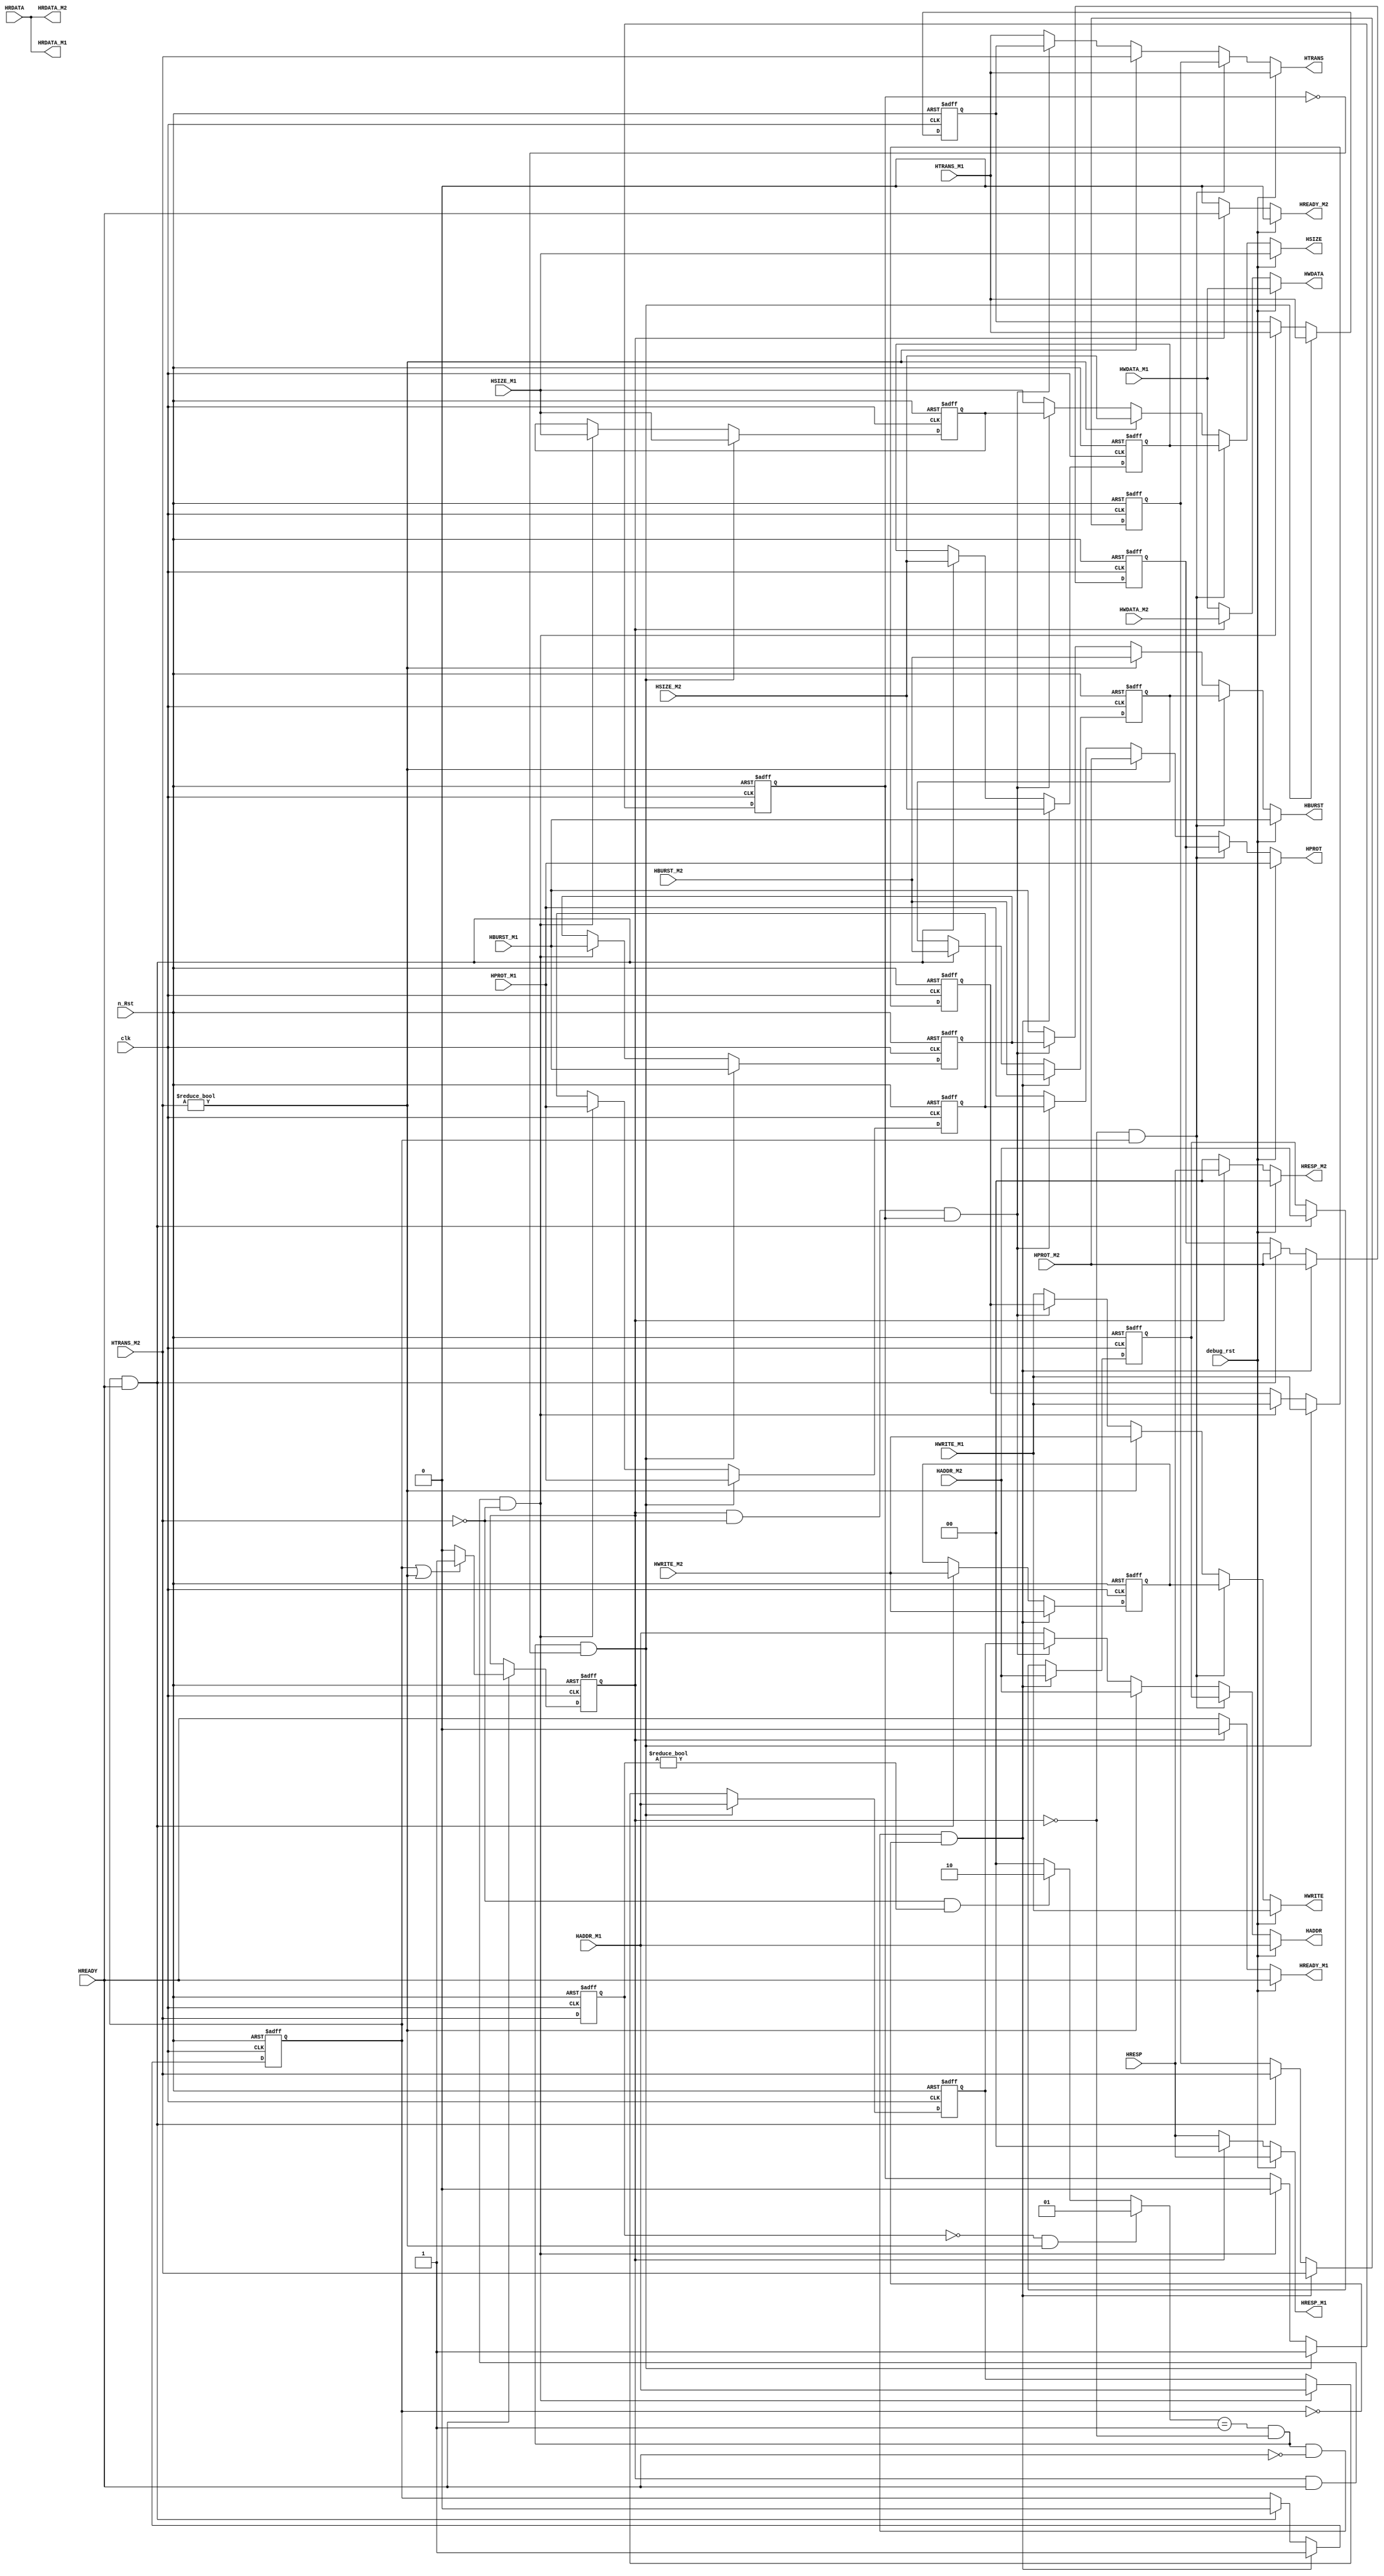
/*
MODULE NAME         	: AHB_Lite_Mux
AUTHOR                 	: Andrew Brito & Chuan Yean, Tan
LAST UPDATE        	: 7/1/13
VERSION         	: 1.0
DESCRIPTION         	: Priority mux that arbitrates between the debugger and M0-Core if the debugger
			  begins a read or write.
*/

module AHB_Lite_Mux(
		//--INPUTS--//
		input              clk,
      		input              n_Rst,

		//--DEBUGGER SIGNAL (REMOVE LATER)--//
		input		   debug_rst,

		//--MASTER 1 SIGNALS--//
		input wire 	   HWRITE_M1,
		input wire 	   [2:0] HSIZE_M1,
		input wire 	   [2:0] HBURST_M1,
		input wire 	   [1:0] HTRANS_M1,
		input wire 	   [31:0] HADDR_M1,
		input wire 	   [31:0] HWDATA_M1,        
		input wire 	   [3:0] HPROT_M1,

		output reg 	   HREADY_M1,
		output reg 	   [31:0] HRDATA_M1,
		output reg 	   [ 1:0] HRESP_M1,

		//--MASTER 2 SIGNALS--//
		input wire 	   HWRITE_M2,
		input wire 	   [2:0] HSIZE_M2,
		input wire 	   [2:0] HBURST_M2,
		input wire 	   [1:0] HTRANS_M2,
		input wire 	   [31:0] HADDR_M2,
		input wire 	   [31:0] HWDATA_M2,        
		input wire 	   [3:0] HPROT_M2,
		
		output reg 	   HREADY_M2,
		output reg 	   [31:0] HRDATA_M2,
		output reg 	   [ 1:0] HRESP_M2,

		//--AHB BUS SIGNALS--//
		input 		HREADY,
		input wire     	[31:0] HRDATA,
		input wire     	[ 1:0] HRESP,

		output reg     	HWRITE,
		output reg     	[2:0] HSIZE,
		output reg     	[2:0] HBURST,
		output reg     	[1:0] HTRANS,
		output reg     	[31:0] HADDR,
		output reg     	[31:0] HWDATA,
		output reg     	[3:0] HPROT
		);

/*
MASTER 1
Cache Registers
-HTRANS        -HADDR        -HWRITE
-HPROT         -HWDATA        -HSIZE        -HBURST
*/
reg [1:0]  HTRANS_REG_M1, next_HTRANS_M1;
reg [31:0] HADDR_REG_M1, next_ADDR_M1;
reg HWRITE_REG_M1, next_HWRITE_M1;
reg [3:0] HPROT_REG_M1, next_HPROT_M1;
reg [2:0] HSIZE_REG_M1, next_HSIZE_M1;
reg [2:0] HBURST_REG_M1, next_HBURST_M1;

/*
MASTER 2
Cache Registers
-HTRANS        -HADDR        -HWRITE
-HPROT         -HWDATA        -HSIZE        -HBURST
*/
reg [1:0]  HTRANS_REG_M2, next_HTRANS_M2;
reg [31:0] HADDR_REG_M2, next_ADDR_M2;
reg HWRITE_REG_M2, next_HWRITE_M2;
reg [3:0] HPROT_REG_M2, next_HPROT_M2;
reg [2:0] HSIZE_REG_M2, next_HSIZE_M2;
reg [2:0] HBURST_REG_M2, next_HBURST_M2;

//Variables
reg [1:0] prev_HTRANS_M2;
reg D_PHASE, next_D_PHASE;	//indicating current master data phase
reg [1:0] edge_detect;		//detect rising/falling edge 
reg valid_M1, next_valid_M1;
reg valid_M2, next_valid_M2;


//Clock State Machine
always @ (posedge clk, negedge n_Rst) begin
        if (n_Rst == 1'b0) begin
                //reset cache registers
                HTRANS_REG_M1 = 2'd0;
                HADDR_REG_M1  = 32'd0;
                HWRITE_REG_M1 = 1'd0;
                HPROT_REG_M1  = 4'b0;
                HSIZE_REG_M1  = 3'd0;
                HBURST_REG_M1 = 3'd0;
		
		HTRANS_REG_M2 = 2'd0;
                HADDR_REG_M2  = 32'd0;
                HWRITE_REG_M2 = 1'd0;
                HPROT_REG_M2  = 4'b0;
                HSIZE_REG_M2  = 3'd0;
                HBURST_REG_M2 = 3'd0;
            
		//reset registers
		D_PHASE 	= 1'b0;
		valid_M1	= 1'b0;
		valid_M2	= 1'b0;

		prev_HTRANS_M2 	= 2'b00;
        end else begin
                //next cache registers
                HADDR_REG_M1   	= next_ADDR_M1;
                HTRANS_REG_M1  	= next_HTRANS_M1;
                HWRITE_REG_M1  	= next_HWRITE_M1;
                HPROT_REG_M1   	= next_HPROT_M1;
                HSIZE_REG_M1   	= next_HSIZE_M1;
                HBURST_REG_M1  	= next_HBURST_M1;
               
		            HADDR_REG_M2   	= next_ADDR_M2;
                HTRANS_REG_M2  	= next_HTRANS_M2;
                HWRITE_REG_M2  	= next_HWRITE_M2;
                HPROT_REG_M2   	= next_HPROT_M2;
                HSIZE_REG_M2   	= next_HSIZE_M2;
                HBURST_REG_M2  	= next_HBURST_M2;

		D_PHASE		= next_D_PHASE;
		valid_M1 	= next_valid_M1;
		valid_M2 	= next_valid_M2;
		prev_HTRANS_M2 	= HTRANS_M2;
        end        
end

/*
DATA PHASE MUX for AHB Signals

- HREADY
- HRDATA
- HRESP
*/
always @ (*) begin 
	/*
		DPHASE DEFINITION: 
		
		
		DEPHASE -> '0' : CORE
		DEPHASE -> '1' : DEBUGGER
	*/
	if (debug_rst == 1'b1) begin
		HREADY_M1  = HREADY;
        	HREADY_M2 = 1'b0;
        	HRESP_M1   = HRESP;
       	 	HRESP_M2  = 2'd0;
		HWDATA	     = HWDATA_M1;
	end else if (D_PHASE) begin	
		HREADY_M1  = 1'b0;
        	HREADY_M2 = HREADY;
        	HRESP_M1   = 2'd0;
       	 	HRESP_M2  = HRESP;
		HWDATA	     = HWDATA_M2;
	end else begin 
		HREADY_M1  = HREADY;
        	HREADY_M2 = 1'b0;
        	HRESP_M1   = HRESP;
       	 	HRESP_M2  = 2'd0;
		HWDATA	     = HWDATA_M1;
	end

	//always getting the same data, direct mapping
	HRDATA_M1  = HRDATA;
        HRDATA_M2 = HRDATA;
end


/*
ADDRESS PHASE MUX LOGIC - AHB SIGNALS

-HTRANS        -HADDR        -HWRITE
-HPROT         -HSIZE        -HBURST

*/
always @ (*) begin

	if (debug_rst == 1'b1) begin
		HTRANS = HTRANS_M1;
        	HADDR  = HADDR_M1;
        	HWRITE = HWRITE_M1;
        	HPROT  = HPROT_M1;
        	HSIZE  = HSIZE_M1;
        	HBURST = HBURST_M1;
	end else if(D_PHASE == 1'b0 && valid_M2 == 1'b1) begin
		HTRANS = HTRANS_REG_M2;
        	HADDR  = HADDR_REG_M2;
        	HWRITE = HWRITE_REG_M2;
        	HPROT  = HPROT_REG_M2;
        	HSIZE  = HSIZE_REG_M2;
        	HBURST = HBURST_REG_M2;
	end else if(HTRANS_M2 != 2'b00) begin
		HTRANS = HTRANS_M2;
        	HADDR  = HADDR_M2;
        	HWRITE = HWRITE_M2;
        	HPROT  = HPROT_M2;
        	HSIZE  = HSIZE_M2;
        	HBURST = HBURST_M2;
	end else if(D_PHASE == 1'b1 && HTRANS_M2 == 2'b00 && valid_M1 == 1'b1) begin
		HTRANS = HTRANS_REG_M1;
        	HADDR  = HADDR_REG_M1;
        	HWRITE = HWRITE_REG_M1;
        	HPROT  = HPROT_REG_M1;
        	HSIZE  = HSIZE_REG_M1;
        	HBURST = HBURST_REG_M1;
	end else if(HTRANS_M2 == 2'b00) begin
		HTRANS = HTRANS_M1;
        	HADDR  = HADDR_M1;
        	HWRITE = HWRITE_M1;
        	HPROT  = HPROT_M1;
        	HSIZE  = HSIZE_M1;
        	HBURST = HBURST_M1;
	end else begin
		HTRANS = HTRANS_M1;
        	HADDR  = HADDR_M1;
        	HWRITE = HWRITE_M1;
        	HPROT  = HPROT_M1;
        	HSIZE  = HSIZE_M1;
        	HBURST = HBURST_M1;
	end

end 

/*
	D_PHASE tracker
*/
always @ (valid_M2, HTRANS_M2, HREADY, D_PHASE) begin

	if (HREADY) begin
		if ((valid_M2 == 1'b1 || HTRANS_M2 != 2'b00)) begin
			next_D_PHASE = 1'b1;
		end else begin 
			next_D_PHASE = 1'b0;
		end 
	end else begin 
		next_D_PHASE = D_PHASE;
	end

end


/*
                Detect transitions for Core->Debug->Core
      		Core -> Debug 	: rising edge HTRANS_M2	: edge_detect (01)
		Debug -> Core	: falling edge HTRANS_M2     : edge_detect (10)
		 
		 
*/
always @ (HTRANS_M2, prev_HTRANS_M2) begin
        //Core -> Debug
        if (prev_HTRANS_M2 == 2'b00 && HTRANS_M2 != 2'b00) begin         
        	edge_detect = 2'b01; 
	//Debug -> Core
        end else if (HTRANS_M2 == 2'b00 && prev_HTRANS_M2 != 2'b00) begin        
        	edge_detect = 2'b10;
	end else begin
		edge_detect = 2'b00;
	end
end


/*
	CACHE LOGIC
	--monitoring valid_reg_M1 & valid_reg_M2
*/

always @ (edge_detect, D_PHASE, HREADY, valid_M2, valid_M1,HADDR_M2,HTRANS_M2,HWRITE_M2,HPROT_M2,HSIZE_M2,HBURST_M2,HADDR_REG_M2,HTRANS_REG_M2,HWRITE_REG_M2,HPROT_REG_M2,HSIZE_REG_M2,HBURST_REG_M2, HADDR_M1,HTRANS_M1,HWRITE_M1,HPROT_M1,HSIZE_M1,HBURST_M1,HADDR_REG_M1,HTRANS_REG_M1,HWRITE_REG_M1,HPROT_REG_M1,HSIZE_REG_M1,HBURST_REG_M1) begin
	if (edge_detect == 2'b01 && D_PHASE == 1'b0 && HREADY == 1'b0 && valid_M2 == 1'b0) begin 
		next_valid_M2  = 1'b1;
                next_ADDR_M2   = HADDR_M2;
                next_HTRANS_M2 = HTRANS_M2;
                next_HWRITE_M2 = HWRITE_M2;
                next_HPROT_M2  = HPROT_M2;
                next_HSIZE_M2  = HSIZE_M2;
                next_HBURST_M2 = HBURST_M2;
	end else if (valid_M2 == 1'b1 && HREADY == 1'b1) begin 
		next_valid_M2  = 1'b0;
                next_ADDR_M2   = HADDR_M2;
                next_HTRANS_M2 = HTRANS_M2;
                next_HWRITE_M2 = HWRITE_M2;
                next_HPROT_M2  = HPROT_M2;
                next_HSIZE_M2  = HSIZE_M2;
                next_HBURST_M2 = HBURST_M2;
	end else begin 
		next_valid_M2  = valid_M2;
                next_ADDR_M2   = HADDR_REG_M2;
                next_HTRANS_M2 = HTRANS_REG_M2;
                next_HWRITE_M2 = HWRITE_REG_M2;
                next_HPROT_M2  = HPROT_REG_M2;
                next_HSIZE_M2  = HSIZE_REG_M2;
                next_HBURST_M2 = HBURST_REG_M2;
	end

	if (edge_detect == 2'b01 && D_PHASE == 1'b0 && valid_M1 == 1'b0) begin
		next_valid_M1  = 1'b1;
                next_ADDR_M1   = HADDR_M1;
                next_HTRANS_M1 = HTRANS_M1;
                next_HWRITE_M1 = HWRITE_M1;
                next_HPROT_M1  = HPROT_M1;
                next_HSIZE_M1  = HSIZE_M1;
                next_HBURST_M1 = HBURST_M1;
	end else if (D_PHASE == 1'b1 && HREADY == 1'b1 && HTRANS_M2 == 2'b00) begin
		next_valid_M1  = 1'b0;
                next_ADDR_M1   = HADDR_M1;
                next_HTRANS_M1 = HTRANS_M1;
                next_HWRITE_M1 = HWRITE_M1;
                next_HPROT_M1  = HPROT_M1;
                next_HSIZE_M1  = HSIZE_M1;
                next_HBURST_M1 = HBURST_M1;
	end else begin
		next_valid_M1  = valid_M1;
                next_ADDR_M1   = HADDR_REG_M1;
                next_HTRANS_M1 = HTRANS_REG_M1;
                next_HWRITE_M1 = HWRITE_REG_M1;
                next_HPROT_M1  = HPROT_REG_M1;
                next_HSIZE_M1  = HSIZE_REG_M1;
                next_HBURST_M1 = HBURST_REG_M1;
	end
end

endmodule